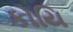
કોયિ